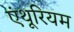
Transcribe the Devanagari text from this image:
एंथूरियम